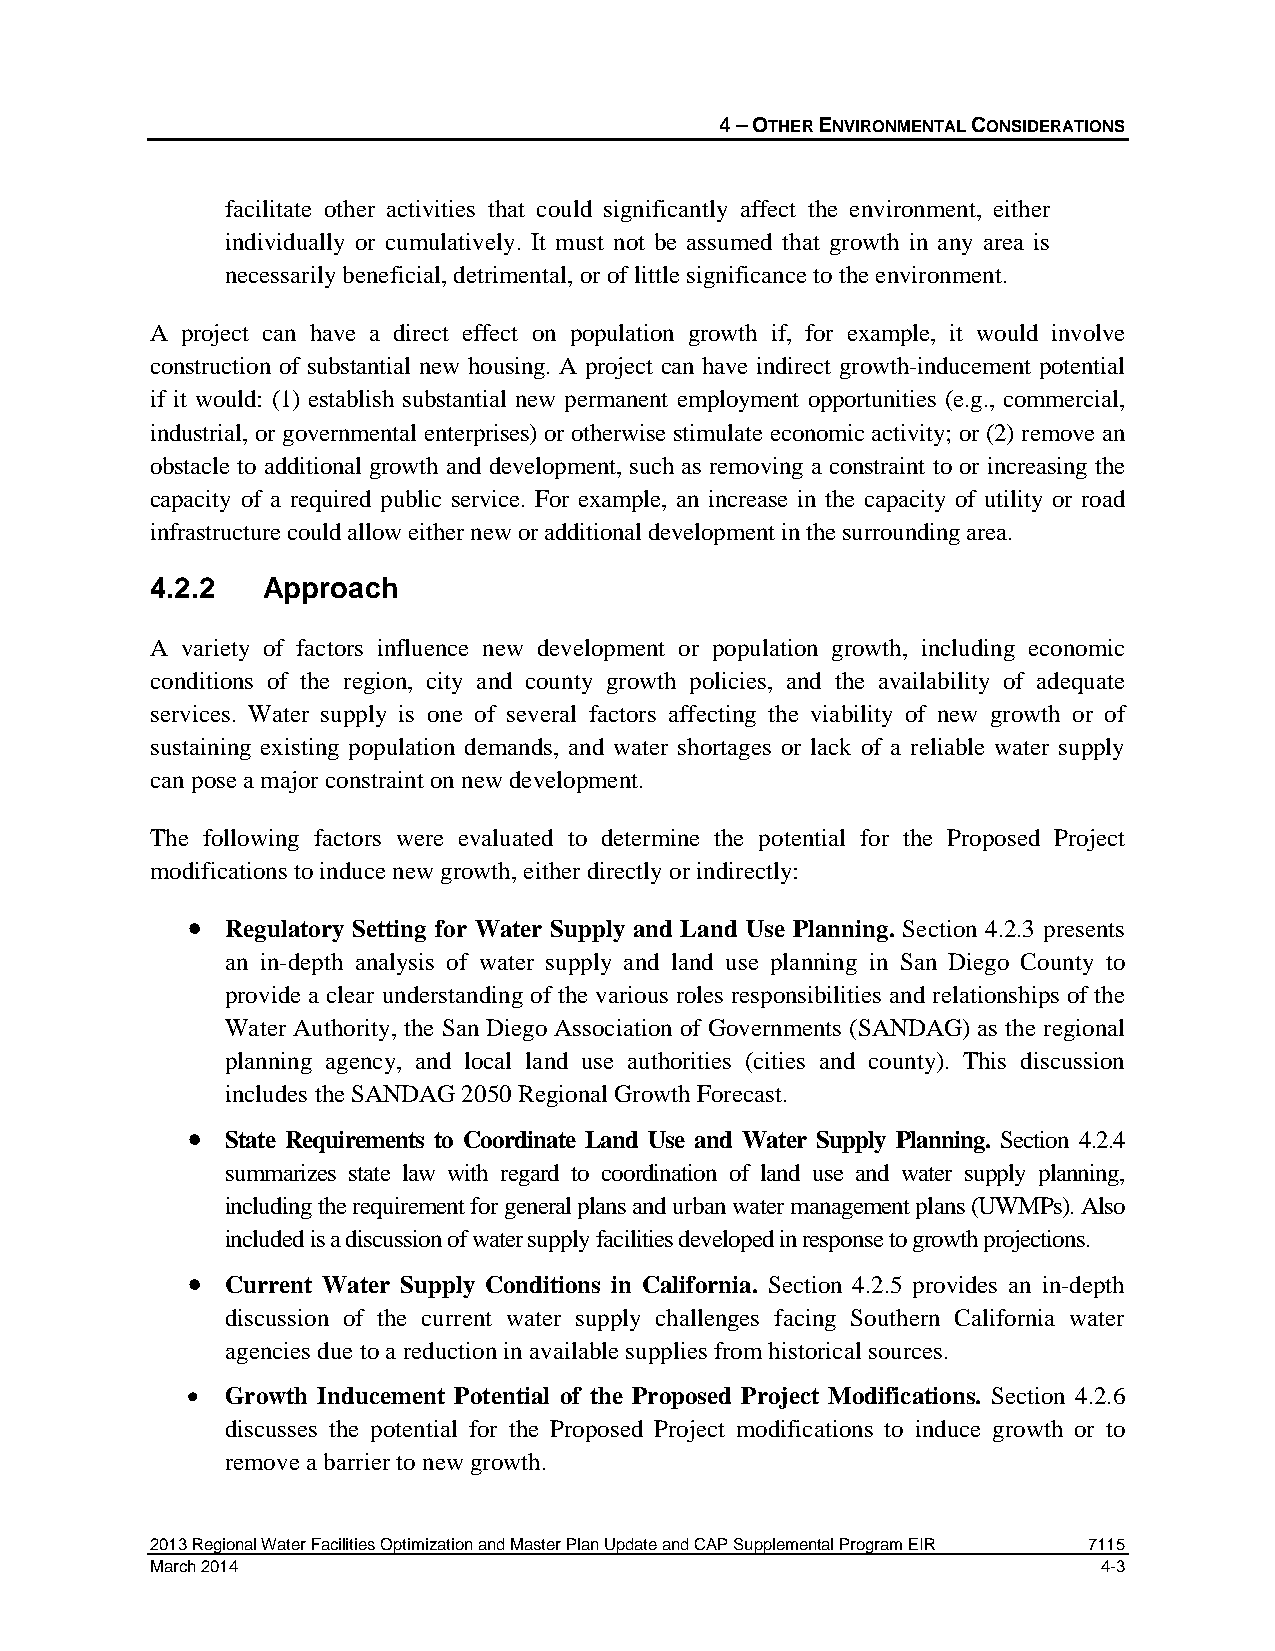
4 – OTHER ENVIRONMENTAL CONSIDERATIONS
 facilitate other activities that could significantly affect the environment, either
 individually or cumulatively. It must not be assumed that growth in any area is
 necessarily beneficial, detrimental, or of little significance to the environment.
 A project can have a direct effect on population growth if, for example, it would involve
 construction of substantial new housing. A project can have indirect growth-inducement potential
 if it would: (1) establish substantial new permanent employment opportunities (e.g., commercial,
 industrial, or governmental enterprises) or otherwise stimulate economic activity; or (2) remove an
 obstacle to additional growth and development, such as removing a constraint to or increasing the
 capacity of a required public service. For example, an increase in the capacity of utility or road
 infrastructure could allow either new or additional development in the surrounding area.
 4.2.2  Approach
 A variety of factors influence new development or population growth, including economic
 conditions of the region, city and county growth policies, and the availability of adequate
 services. Water supply is one of several factors affecting the viability of new growth or of
 sustaining existing population demands, and water shortages or lack of a reliable water supply
 can pose a major constraint on new development.
 The following factors were evaluated to determine the potential for the Proposed Project
 modifications to induce new growth, either directly or indirectly:
 •  Regulatory Setting for Water Supply and Land Use Planning. Section 4.2.3 presents
 an in-depth analysis of water supply and land use planning in San Diego County to
 provide a clear understanding of the various roles responsibilities and relationships of the
 Water Authority, the San Diego Association of Governments (SANDAG) as the regional
 planning agency, and local land use authorities (cities and county). This discussion
 includes the SANDAG 2050 Regional Growth Forecast.
 •  State Requirements to Coordinate Land Use and Water Supply Planning. Section 4.2.4
 summarizes state law with regard to coordination of land use and water supply planning,
 including the requirement for general plans and urban water management plans (UWMPs). Also
 included is a discussion of water supply facilities developed in response to growth projections.
 •  Current Water Supply Conditions in California. Section 4.2.5 provides an in-depth
 discussion of the current water supply challenges facing Southern California water
 agencies due to a reduction in available supplies from historical sources.
 •  Growth Inducement Potential of the Proposed Project Modifications. Section 4.2.6
 discusses the potential for the Proposed Project modifications to induce growth or to
 remove a barrier to new growth.
 2013 Regional Water Facilities Optimization and Master Plan Update and CAP Supplemental Program EIR 7115
 March 2014                                                     4-3